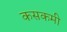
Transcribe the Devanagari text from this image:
कसकमी